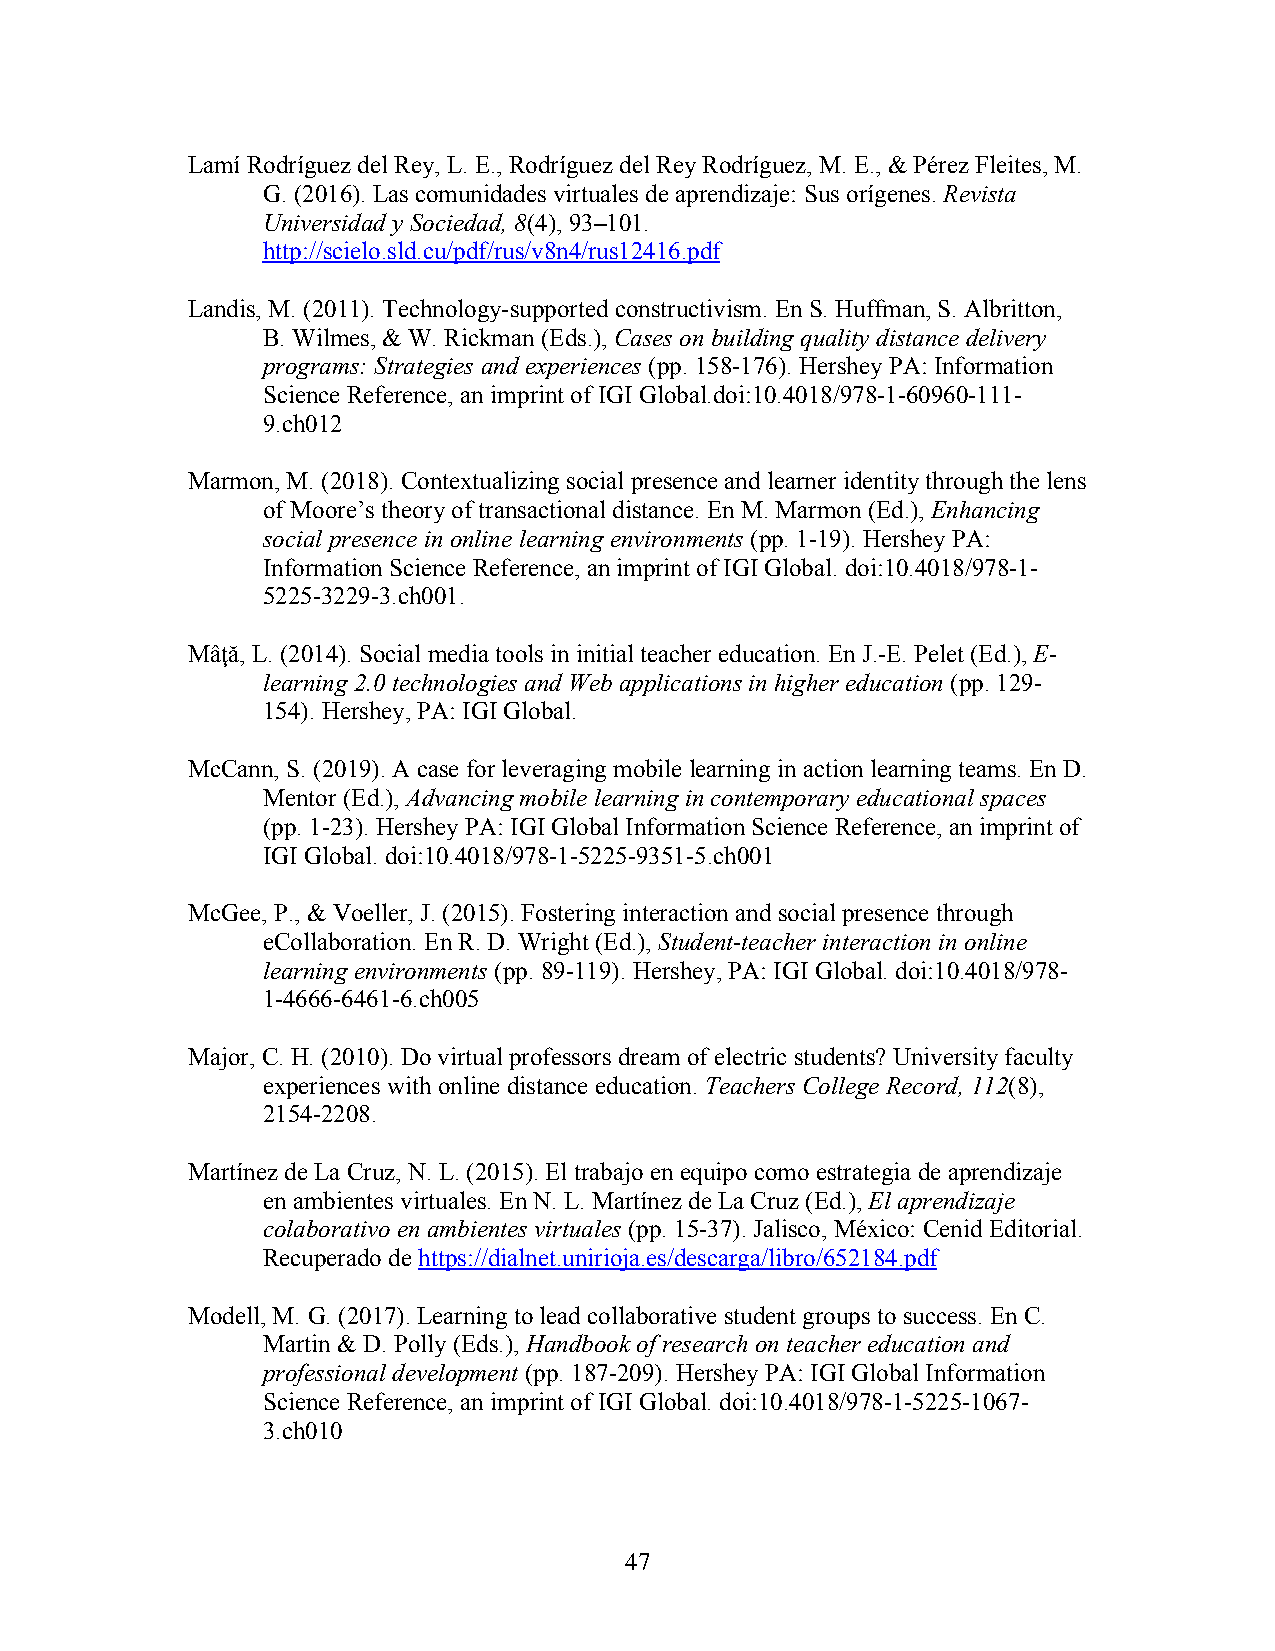
Lamí Rodríguez del Rey, L. E., Rodríguez del Rey Rodríguez, M. E., & Pérez Fleites, M.
 G. (2016). Las comunidades virtuales de aprendizaje: Sus orígenes. Revista
 Universidad y Sociedad, 8(4), 93–101.
 http://scielo.sld.cu/pdf/rus/v8n4/rus12416.pdf
 Landis, M. (2011). Technology-supported constructivism. En S. Huffman, S. Albritton,
 B. Wilmes, & W. Rickman (Eds.), Cases on building quality distance delivery
 programs: Strategies and experiences (pp. 158-176). Hershey PA: Information
 Science Reference, an imprint of IGI Global.doi:10.4018/978-1-60960-111-
 9.ch012
 Marmon, M. (2018). Contextualizing social presence and learner identity through the lens
 of Moore’s theory of transactional distance. En M. Marmon (Ed.), Enhancing
 social presence in online learning environments (pp. 1-19). Hershey PA:
 Information Science Reference, an imprint of IGI Global. doi:10.4018/978-1-
 5225-3229-3.ch001.
 Mâţă, L. (2014). Social media tools in initial teacher education. En J.-E. Pelet (Ed.), E-
 learning 2.0 technologies and Web applications in higher education (pp. 129-
 154). Hershey, PA: IGI Global.
 McCann, S. (2019). A case for leveraging mobile learning in action learning teams. En D.
 Mentor (Ed.), Advancing mobile learning in contemporary educational spaces
 (pp. 1-23). Hershey PA: IGI Global Information Science Reference, an imprint of
 IGI Global. doi:10.4018/978-1-5225-9351-5.ch001
 McGee, P., & Voeller, J. (2015). Fostering interaction and social presence through
 eCollaboration. En R. D. Wright (Ed.), Student-teacher interaction in online
 learning environments (pp. 89-119). Hershey, PA: IGI Global. doi:10.4018/978-
 1-4666-6461-6.ch005
 Major, C. H. (2010). Do virtual professors dream of electric students? University faculty
 experiences with online distance education. Teachers College Record, 112(8),
 2154-2208.
 Martínez de La Cruz, N. L. (2015). El trabajo en equipo como estrategia de aprendizaje
 en ambientes virtuales. En N. L. Martínez de La Cruz (Ed.), El aprendizaje
 colaborativo en ambientes virtuales (pp. 15-37). Jalisco, México: Cenid Editorial.
 Recuperado de https://dialnet.unirioja.es/descarga/libro/652184.pdf
 Modell, M. G. (2017). Learning to lead collaborative student groups to success. En C.
 Martin & D. Polly (Eds.), Handbook of research on teacher education and
 professional development (pp. 187-209). Hershey PA: IGI Global Information
 Science Reference, an imprint of IGI Global. doi:10.4018/978-1-5225-1067-
 3.ch010
 47